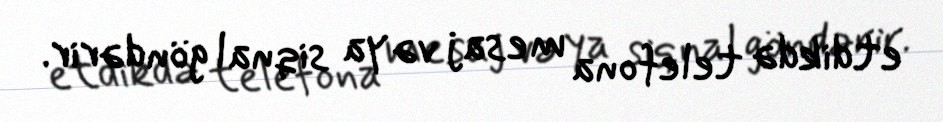
etdikdə telefona mesaj və ya siqnal göndərir.